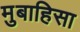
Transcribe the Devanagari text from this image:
मुबाहिसा